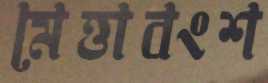
মেত্তাবংশ